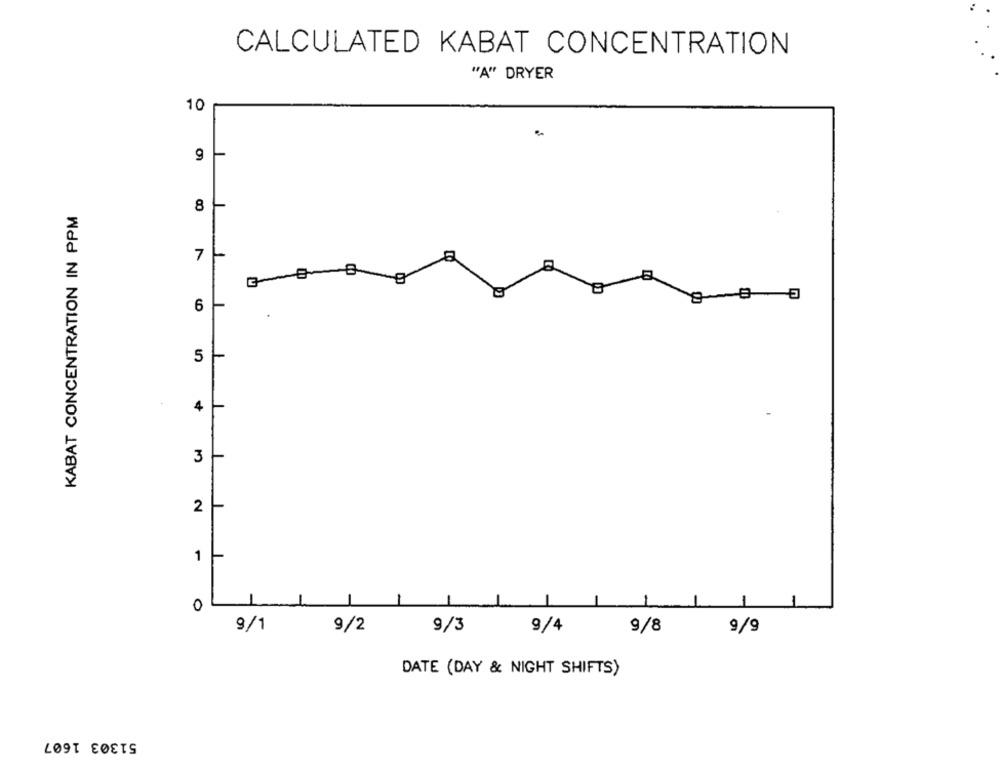
CALCULATED KABAT CONCENTRATION
"A" DRYER
10
KABAT CONCENTRATION IN PPM
8
7-
6
5
4
3
2
1 -
0
9/1
9/2
9/3
9/4
9/8
9/9
DATE (DAY & NIGHT SHIFTS)
51303 1607